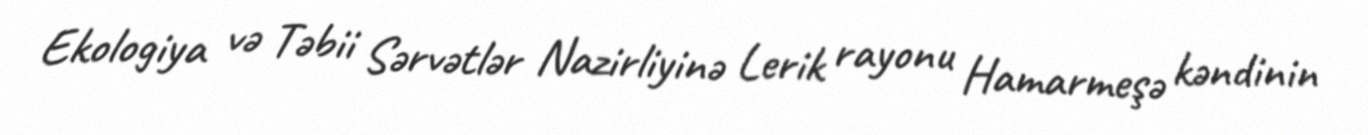
Ekologiya və Təbii Sərvətlər Nazirliyinə Lerik rayonu Hamarmeşə kəndinin